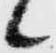
候